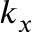
k _ { x }